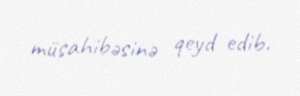
müsahibəsinə qeyd edib.